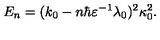
E _ { n } = ( k _ { 0 } - n \hbar \varepsilon ^ { - 1 } \lambda _ { 0 } ) ^ { 2 } \kappa _ { 0 } ^ { 2 } .